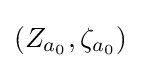
\left(Z_{a_{0}},\zeta _{a_{0}}\right)